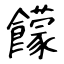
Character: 饛